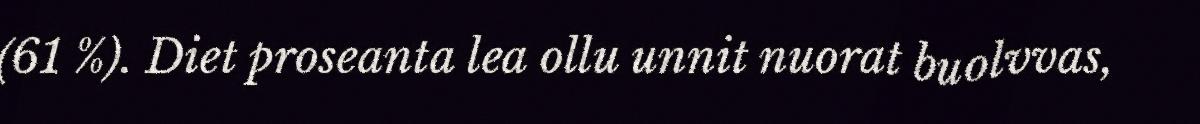
(61 %). Diet proseanta lea ollu unnit nuorat buolvvas,